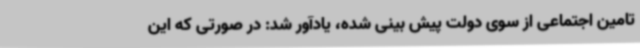
تامین اجتماعی از سوی دولت پیش بینی شده، یادآور شد: در صورتی که این